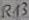
Text: R13